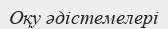
Оқу әдістемелері